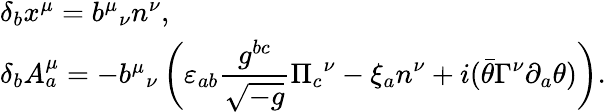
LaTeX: \begin{array}{l}{{\delta_{b}x^{\mu}={b^{\mu}}_{\nu}n^{\nu},}}\\ {{\delta_{b}A_{a}^{\mu}=-{b^{\mu}}_{\nu}\displaystyle\left(\varepsilon_{ab}\frac{g^{bc}}{\sqrt{-g}}{\Pi_{c}}^{\nu}-\xi_{a}n^{\nu}+i(\bar{\theta}\Gamma^{\nu}\partial_{a}\theta)\right).}}\end{array}